Scottish Leaving Certificate Examination, 1956
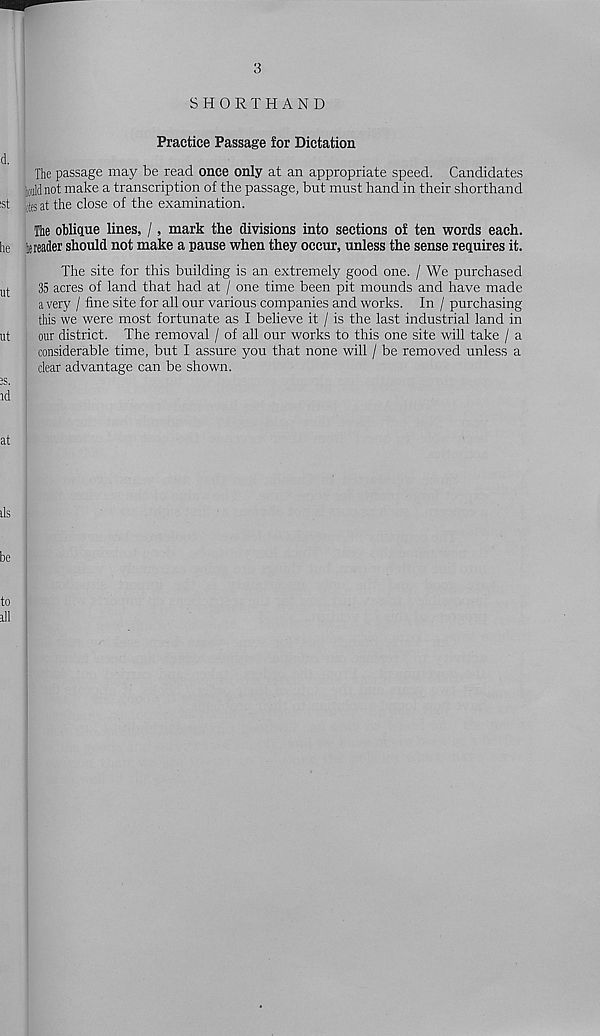
Practice Passage for Dictation
The passage may be read once only at an appropriate speed. Candidates
loaldnot make a transcription of the passage, but must hand in their shorthand
otes at the close of the examination.
The oblique lines, /, mark the divisions into sections of ten words each.
1(reader should not make a pause when they occur, unless the sense requires it.
The site for this building is an extremely good one. / We purchased
35 acres of land that had at / one time been pit mounds and have made
a very / fine site for all our various companies and works. In / purchasing
this we were most fortunate as I believe it / is the last industrial land in
our district. The removal / of all our works to this one site will take / a
considerable time, but I assure you that none will / be removed unless a
clear advantage can be shown.